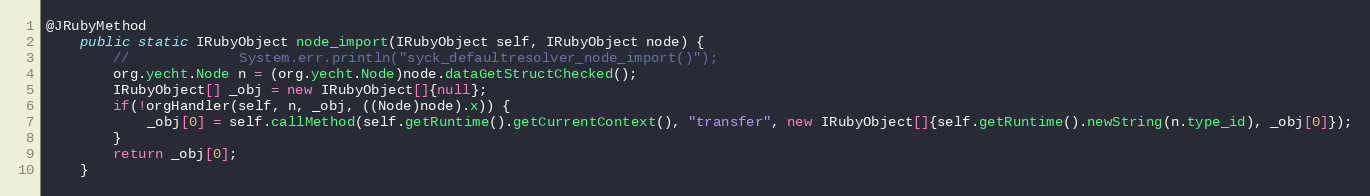
Language: Java
@JRubyMethod
    public static IRubyObject node_import(IRubyObject self, IRubyObject node) {
        //             System.err.println("syck_defaultresolver_node_import()");
        org.yecht.Node n = (org.yecht.Node)node.dataGetStructChecked();
        IRubyObject[] _obj = new IRubyObject[]{null};
        if(!orgHandler(self, n, _obj, ((Node)node).x)) {
            _obj[0] = self.callMethod(self.getRuntime().getCurrentContext(), "transfer", new IRubyObject[]{self.getRuntime().newString(n.type_id), _obj[0]});
        }
        return _obj[0];
    }